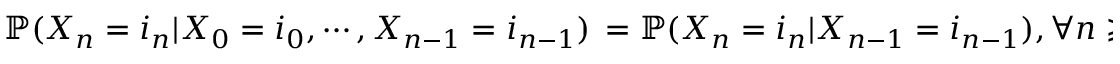
\mathbb { P } ( X _ { n } = i _ { n } | X _ { 0 } = i _ { 0 } , \cdots , X _ { n - 1 } = i _ { n - 1 } ) \, = \mathbb { P } ( X _ { n } = i _ { n } | X _ { n - 1 } = i _ { n - 1 } ) , \forall n \geqslant 1 , i _ { 0 } , \cdots , i _ { n } \in \mathcal { S } ,